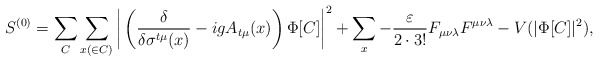
\begin{align*}S^{(0)} = \sum_{C} \sum_{x(\in C)} \bigg| \left(\frac{\delta}{\delta\sigma^{t\mu} (x) } - i g A_{t\mu}(x) \right) \Phi[C]\bigg|^2 + \sum_{x} - \frac{\varepsilon}{2 \cdot 3! } F_{\mu\nu\lambda}F^{\mu\nu\lambda} - V(|\Phi[C]|^2) ,\end{align*}